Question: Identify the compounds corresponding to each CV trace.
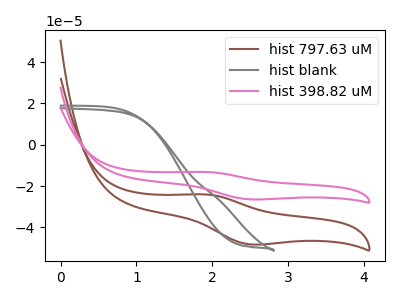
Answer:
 <answer>The brown curve is labeled "hist 797.63 uM". The gray curve is labeled "hist blank". The pink curve is labeled "hist 398.82 uM".</answer>
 <eval></eval>